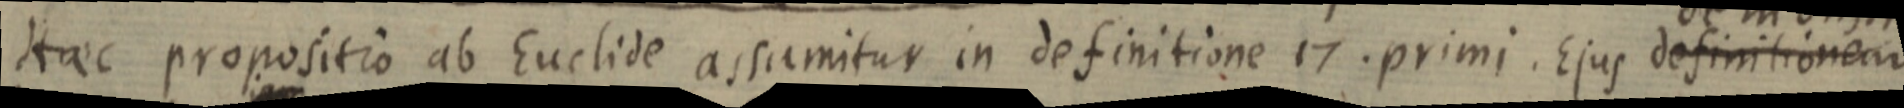
Haec propositio ab Euclide assumitur in definitione 17. primi. Ejus definitionem